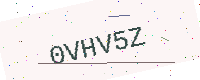
Text: 0VHV5Z